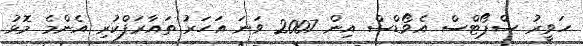
ހަވީރު ސްޕޯޓްސް އެވޯޑްސް އިން 2007 ވަނަ އަހަރު ތައާރަފްކުރި އެންމެ މޮޅު